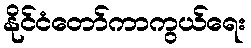
နိုင်ငံတော်ကာကွယ်ရေး